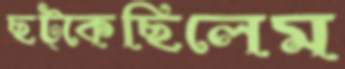
ছট্‌কেছিলেম